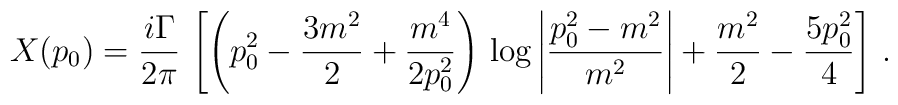
X(p_0)=\frac{i\Gamma}{2\pi}\,\left[\left(p_0^2-\frac{3m^2}{2} +\frac{m^4}{2p_0^2}\right)\,\log\left| \frac{p_0^2 -m^2}{m^2}\right|+\frac{m^2}{2}-\frac{5p_0^2}{4}\right]\,.